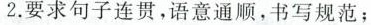
2.要求句子连贯，语意通顺，书写规范；